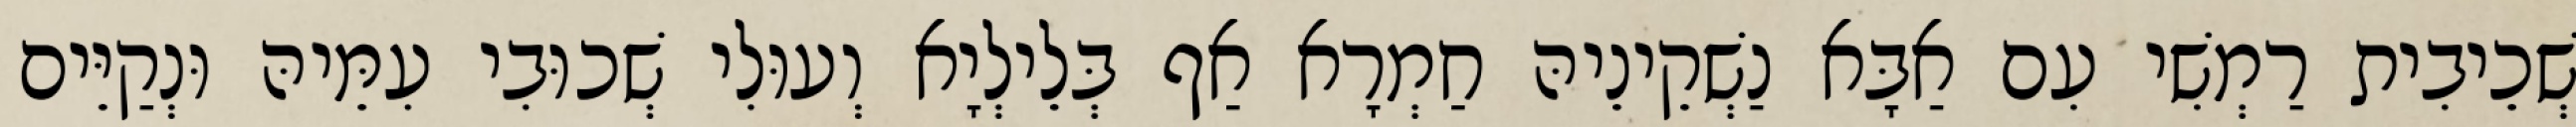
שְׁכֵיבִית רַמְשִׁי עִם אַבָּא נַשְׁקֵינֵיהּ חַמְרָא אַף בְּלֵילְיָא וְעוּלִי שְׁכוּבִי עִמֵּיהּ וּנְקַיֵּים